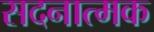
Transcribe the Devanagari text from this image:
सदनात्मक